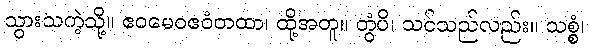
သွားသကဲ့သို့။ ဧဝမေဝဧဝံတထာ၊ ထို့အတူ။ တွံပိ၊ သင်သည်လည်း။ သစ္စံ၊